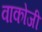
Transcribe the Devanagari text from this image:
वाकोजी